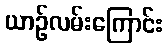
ယာဉ်လမ်းကြောင်း